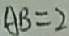
A B = 2